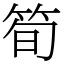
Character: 筍